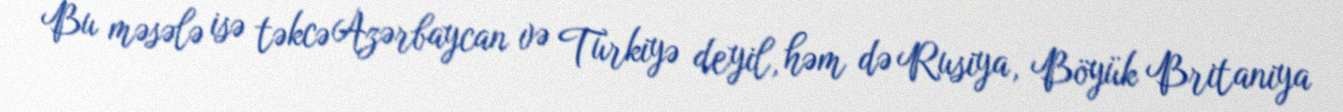
Bu məsələ isə təkcə Azərbaycan və Türkiyə deyil, həm də Rusiya, Böyük Britaniya